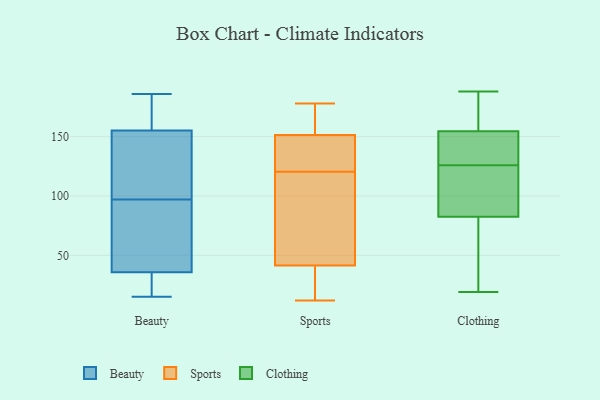
{"axis": {"x": "LTV (USD)", "y": "Value"}, "legend": ["Beauty", "Clothing", "Sports"], "data": [{"x": "", "y": 16, "type": "Beauty"}, {"x": "", "y": 15, "type": "Beauty"}, {"x": "", "y": 97, "type": "Beauty"}, {"x": "", "y": 128, "type": "Beauty"}, {"x": "", "y": 29, "type": "Beauty"}, {"x": "", "y": 186, "type": "Beauty"}, {"x": "", "y": 24, "type": "Beauty"}, {"x": "", "y": 154, "type": "Beauty"}, {"x": "", "y": 160, "type": "Beauty"}, {"x": "", "y": 93, "type": "Beauty"}, {"x": "", "y": 38, "type": "Beauty"}, {"x": "", "y": 84, "type": "Beauty"}, {"x": "", "y": 120, "type": "Beauty"}, {"x": "", "y": 159, "type": "Beauty"}, {"x": "", "y": 165, "type": "Beauty"}, {"x": "", "y": 135, "type": "Beauty"}, {"x": "", "y": 96, "type": "Beauty"}, {"x": "", "y": 67, "type": "Sports"}, {"x": "", "y": 169, "type": "Sports"}, {"x": "", "y": 49, "type": "Sports"}, {"x": "", "y": 134, "type": "Sports"}, {"x": "", "y": 160, "type": "Sports"}, {"x": "", "y": 12, "type": "Sports"}, {"x": "", "y": 143, "type": "Sports"}, {"x": "", "y": 16, "type": "Sports"}, {"x": "", "y": 107, "type": "Sports"}, {"x": "", "y": 139, "type": "Sports"}, {"x": "", "y": 178, "type": "Sports"}, {"x": "", "y": 34, "type": "Sports"}, {"x": "", "y": 141, "type": "Clothing"}, {"x": "", "y": 177, "type": "Clothing"}, {"x": "", "y": 160, "type": "Clothing"}, {"x": "", "y": 188, "type": "Clothing"}, {"x": "", "y": 144, "type": "Clothing"}, {"x": "", "y": 174, "type": "Clothing"}, {"x": "", "y": 84, "type": "Clothing"}, {"x": "", "y": 113, "type": "Clothing"}, {"x": "", "y": 58, "type": "Clothing"}, {"x": "", "y": 74, "type": "Clothing"}, {"x": "", "y": 81, "type": "Clothing"}, {"x": "", "y": 104, "type": "Clothing"}, {"x": "", "y": 139, "type": "Clothing"}, {"x": "", "y": 85, "type": "Clothing"}, {"x": "", "y": 19, "type": "Clothing"}, {"x": "", "y": 149, "type": "Clothing"}]}